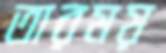
তারময়